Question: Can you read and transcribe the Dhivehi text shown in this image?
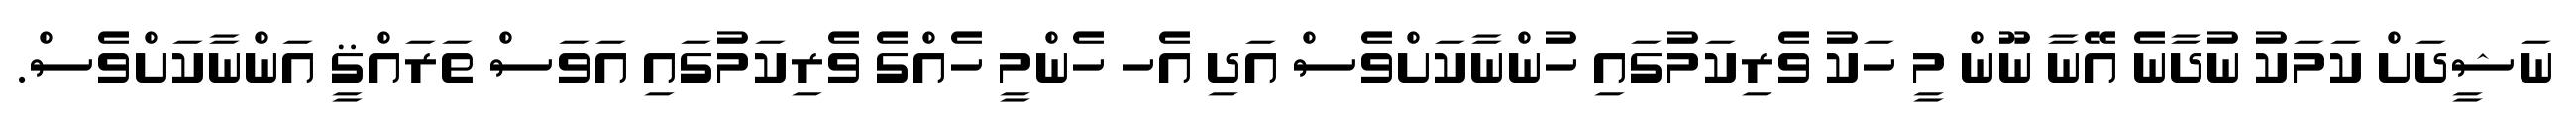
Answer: ނަޝީދަށް ކަމަކު ނުދާނެ އޭނާ ނޫން މީ ހަކު ވެރިކަމުގައި ހުންނާކަށްވެސް އަދި އެހ ހެންމީ ހެއްގެ ވެރިކަމުގައި އަވަސް ތަރައްޤީ އަންނާކަށްވެސް.